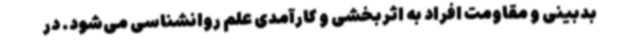
بدبینی و مقاومت افراد به اثربخشی و کارآمدی علم روانشناسی می‌شود. در